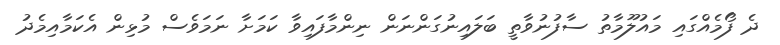
ދެ ފޯމެއްގައި މައުލޫމާތު ސާފުނުވާތީ ބަލައިނުގަންނަން ނިންމާފައިވާ ކަމަށާ ނަމަވެސް މުޅިން އެކަމާއިމެދު